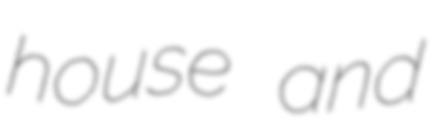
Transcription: house and